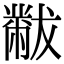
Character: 黻